Vaccination report Assam 1896-1927 - 1896-1927
Year: 1896
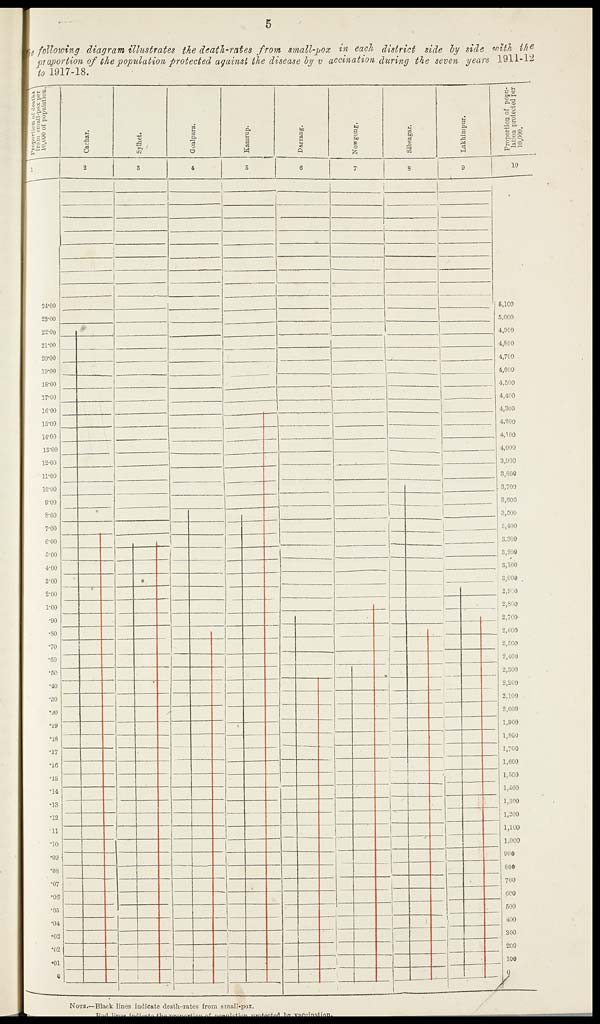
5
The following diagram illustrates the death-rates from small-pox in each district side by side with the
proportion of the population protected against the disease by vaccination during the seven years 1911-12
to 1917-18.
NOTE.—Black lines indicate death-rates from small-pox.
Red lines indicate the proportion of population protected by vaccination.